Annual report on the Civil Veterinary Department, Burma (including the Insein Veterinary School) - 1910-1922
Year: 1910
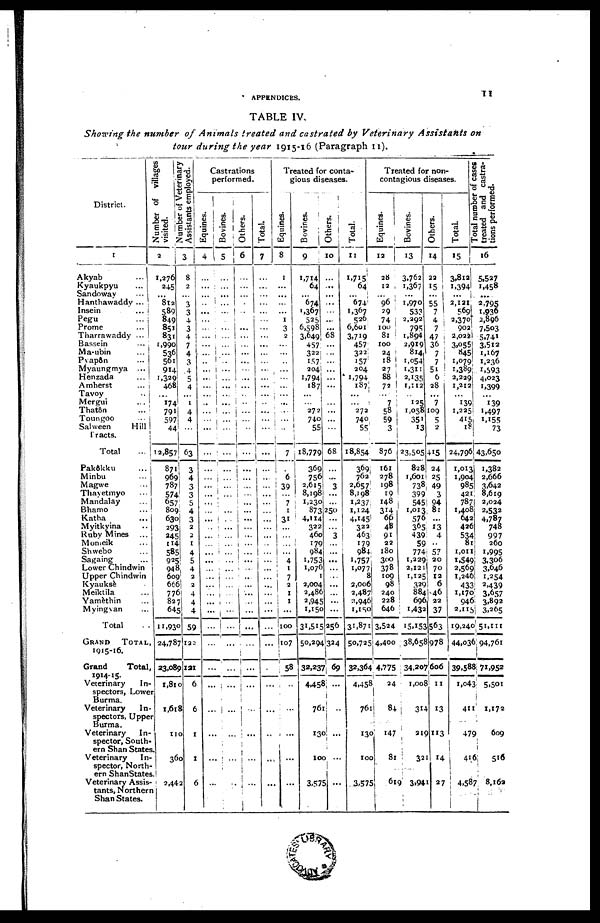
APPENDICES.
11
TABLE IV.
Showing the number of Animals treated and castrated by Veterinary Assistants on
tour during the year 1915-16 (Paragraph 11).
District.
1
Akyab
...
Kyaukpyu ...
Sandoway
...
Hanthawaddy ...
Insein
...
Pegu ...
Prome
...
Tharrawaddy ...
Bassein ...
Ma-ubin
...
Pyapôn
...
Myaungmya ...
Henzada ...
Amherst
...
Tavoy ...
Mergui
...
Thatôn ...
Toungoo ...
Salween
Hill
Tracts.
Total ...
Pakôkku ...
Minbu ...
Magwe ...
Thayetmyo ...
Mandalay ...
Bhamo
Katha ...
Myitkyina ..
Ruby Mines ...
Momeik ...
Shwebo ...
Sagaing ...
Lower Chindwin
Upper Chindwin
Kyauksè ...
Meiktila ...
Yamèthin ...
Myingyan ...
Total ...
GRAND
TOTAL,
1915-16.
Grand
Total,
Veterinary
In-
spectors, Lowe
Burma.
Veterinary
In-
spectors, Upper
Burma.
Veterinary
In-
spector, South-
ern Shan States.
Veterinary
In-
spector, North-
ern ShanStates
Veterinary Assis-
tants, Northern
Shan States.
Number of villages
visited.
Number
of Veterinary
2
1,276
245
...
812
589
849
851
831
1,990
536
561
914
1,329
468
...
174
791
597
44
12,857
871
969
787!
574
657
809
630I
293:
245
114
585
925
948
609
666
776
827
645
11,930
24,787
23,089
1,810
1,618
110
360
2,442
Assistants employed.
8
2
...
3
3
4
3
4
7
4
3
.4
5
4
1
4
4
63
3
4
3
3
5
4
3
2
2
1
4
5
4
2
2
4
4
4
59
122
121
6
6
1
1
6
Castrations
performed.
Equines.
4
...
...
...
...
...
...
...
...
...
...
...
...
...
...
...
...
...
...
...
...
...
...
...
...
...
...
...
...
...
...
...
...
...
...
...
...
...
...
...
...
...
...
...
...
Bovines.
5
1
...
...
...
...
...
...
...
...
...
...
...
...
...
...
...
...
...
...
...
...
...
...
...
...
...
...
...
...
...
...
...
...
...
...
...
...
...
...
...
...
...
...
...
...
...
Others.
6
...
...
...
...
...
...
...
...
...
...
...
...
...
...
...
...
...
...
...
...
...
...
...
...
...
...
...
...
...
...
...
...
...
...
...
...
...
...
...
... ...
...
...
...
...
...
Total.
7
...
...
...
...
...
...
...
...
...
...
...
...
...
...
...
...
...
...
...
...
...
...
...
...
...
...
...
...
...
...
...
...
...
...
...
...
...
...
...
...
...
...
...
...
...
Treated for conta-
gious diseases.
Equines.
8
1
...
...
...
...
1
3
2
...
...
..
...
...
...
...
...
..
...
...
7
...
6
39
...
7
1
31
...
...
...
...
4
1
7
2
1
1
...
100
107
58
...
...
...
...
...
Bovines.
9
1,714
64
...
674
1,367
525
6.598
3,649
457
322
157
204
1,794
187
...
...
272
740
55
18,779
369
756
2,615
8,198
1,230
873
4,114
322
460
179
984
1,753
1,076
1
2,004
2,486
2,945
1,150
31,515
50,294
32,237
4,458
76
130
100
3,579
Others.
10
...
...
...
...
...
...
...
68
...
...
...
...
...
...
...
...
...
...
...
68
...
......
3
...
...
250
...
...
3
...
...
...
...
...
...
...
...
...
256
324
69
...
..
...
...
...
Total.
11
1,715
64
...
674
1,367
526
6,601
3,719
457
322
157
204
1,794
187
...
...
272
740
55
18,854
369
762
2,657
8,198
1,237
1,124
4,145
322
463
179
984
1,757
1,0771
8
2,006
2,487
2,946
1,150
31,871
50,725
32,364
4,458
761
130
100
3,575
Treated for non-
contagious diseases.
Equines.
12
28
12
...
96
29
74
100
81
100
24
18
27
88
72
7
58
59
3
876
161
278
198
19
148
314
66
48
91
22
180
300
378
109
98
240
228
646
3,524
4,400
4,775
24
84
147
81
61
Bovines.
13
3,762
1,367
1,970
533
2,292
795
1,894
2,919
814
1,054
1,311
2,135
1,112
...
125
1,058
351
13
23,505
828
1,601
738
399
545
1,013
576
365
439
59
774
1,229
2,121
1,125
329
884
696
1,432
15,153
38,658
34,207
1,008
314
219
32
3,94
Others.
14
23
15
...
55
7
4
7
47
36
7
7
5
6
28
...
7
109
5
2
†15
24
25
49
3
94
81
...
13
4
57
20
70
12
6
46
22
37
563
978
606
11
13
113
14
27
Total.
15
3,812
1,394
...
2,121
569
2,370
902
2,022
3,055
845
1,079
1,389
2,229
1,212
...
139
1,225
415
18
24,796
1,013
I,904
985
421
787
1,408
642
426
534
81
1,011
1,549
2,569
1,246
433
1,170
946
2,115
19,240
44,03
39,588
1,043
411
479
416
4,58
Total
number of cases
treated and castra-
tions performed.
16
5,527
1,458
...
2,795
1,936
2,896
7,503
5,741
3,512
1,167
1,236
1,593
4,023
1,399
...
139
1,497
1,155
73
43,650
1,382
2,666
3,642
8,619
2,024
2,532
4,787
748
997
260
1,995
3,306
3,646
1,254
2,439
3,657
3,892
3,265
51,111
94,761
71,952
5,501
1,172
609
516
8,162